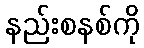
နည်းစနစ်ကို